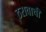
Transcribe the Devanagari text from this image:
ठरावाची